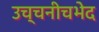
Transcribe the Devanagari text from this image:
उच्चनीचभेद